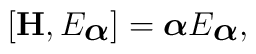
[{\bf H} , E_{\mbox{\boldmath $\alpha$}}] = {\mbox{\boldmath $\alpha$}} E_{\mbox{\boldmath $\alpha$}} ,